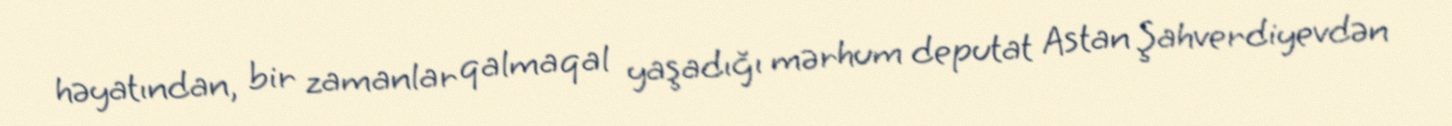
həyatından, bir zamanlar qalmaqal yaşadığı mərhum deputat Astan Şahverdiyevdən